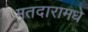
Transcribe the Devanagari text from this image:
मतदारामधे